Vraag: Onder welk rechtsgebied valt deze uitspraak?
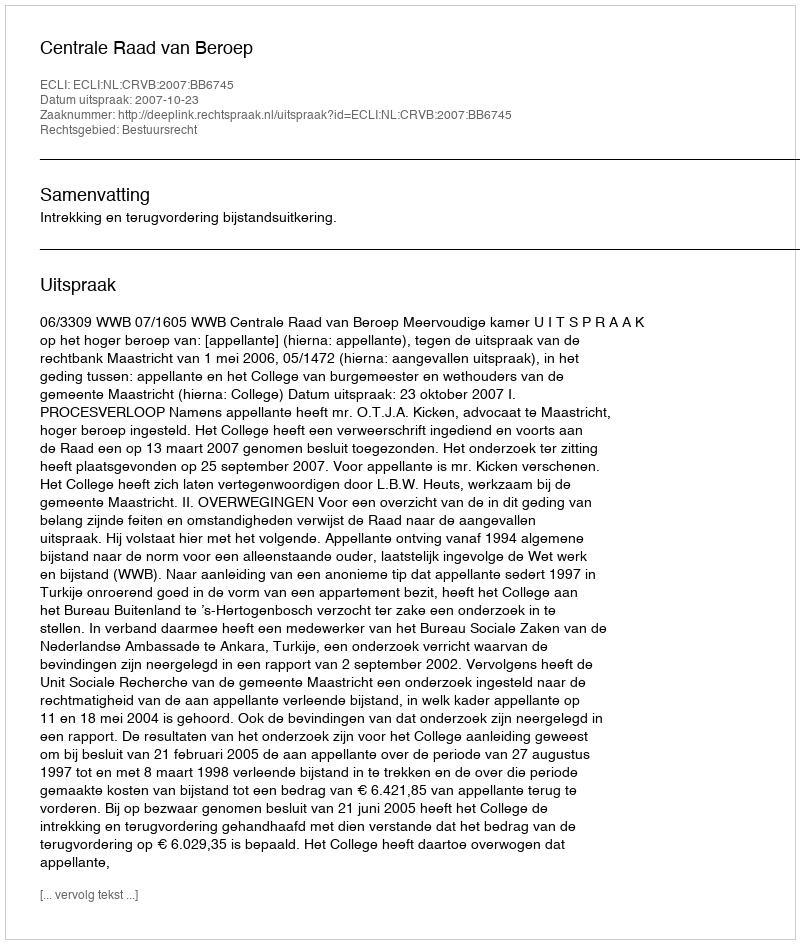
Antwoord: Bestuursrecht